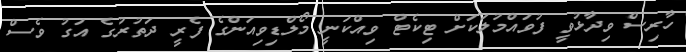
ހާރިސް ވިދާޅުވީ ފުވައްމުލަކަށް ޓިކެޓް ވިއްކަނީ މޯލްޑިވިއަންގެ ފެރީ ދަތުރުގެ އަގު ވެސް